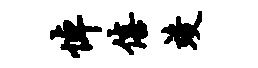
悼僖竣